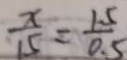
\frac { x } { 1 5 } = \frac { 1 . 5 } { 0 . 5 }